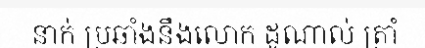
នាក់ ប្រឆាំងនឹងលោក ដូណាល់ ត្រាំ